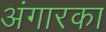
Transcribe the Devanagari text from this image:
अंगारका